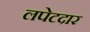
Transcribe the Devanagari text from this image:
लपेटदार